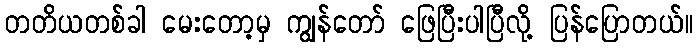
တတိယတစ်ခါ မေးတော့မှ ကျွန်တော် ဖြေပြီးပါပြီလို့ ပြန်ပြောတယ်။